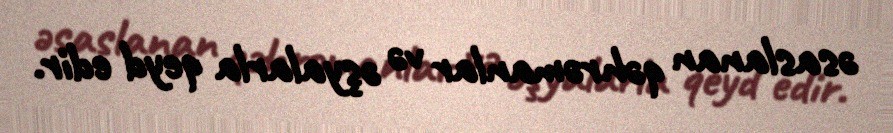
əsaslanan qəhrəmanlar və əşyalarla qeyd edir.